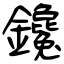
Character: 鑱